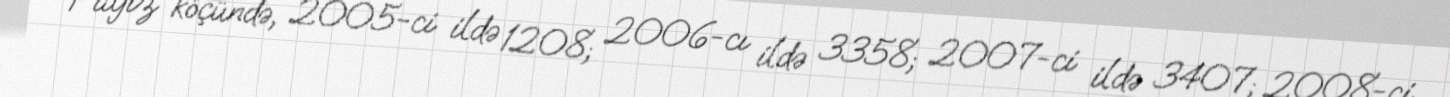
Payız köçündə, 2005-ci ildə 1208; 2006-cı ildə 3358; 2007-ci ildə 3407; 2008-ci